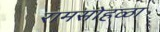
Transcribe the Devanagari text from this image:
रामसोहळा